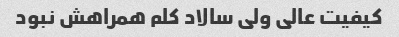
کیفیت عالی ولی سالاد کلم همراهش نبود